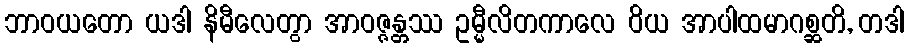
ဘာဝယတော ယဒါ နိမီလေတွာ အာဝဇ္ဇန္တဿ ဥမ္မီလိတကာလေ ဝိယ အာပါထမာဂစ္ဆတိ, တဒါ